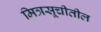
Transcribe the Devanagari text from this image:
मित्रसूचीतील